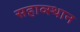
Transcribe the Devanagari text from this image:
सहाव्स्थान